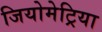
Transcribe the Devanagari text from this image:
जियोमेट्रिया